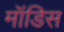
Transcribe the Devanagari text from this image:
मॉडिस